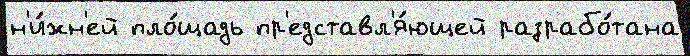
н'и́жн'ей пло́щадь пр'едставл'я́ющей разрабо́тана